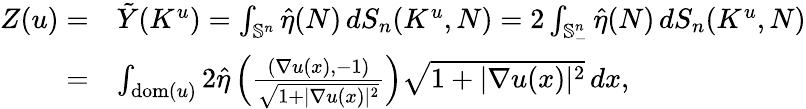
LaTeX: \begin{array}{rl}{Z(u)=}&{\tilde{Y}(K^{u})=\int_{\mathbb{S}^{n}}\hat{\eta}(N)\, dS_{n}(K^{u},N)=2\int_{\mathbb{S}_{-}^{n}}\hat{\eta}(N)\, dS_{n}(K^{u},N)}\\ {=}&{\int_{\mathrm{dom}(u)}2\hat{\eta}\left(\frac{(\nabla u(x),-1)}{\sqrt{1+|\nabla u(x)|^{2}}}\right)\sqrt{1+|\nabla u(x)|^{2}}\, dx,}\end{array}